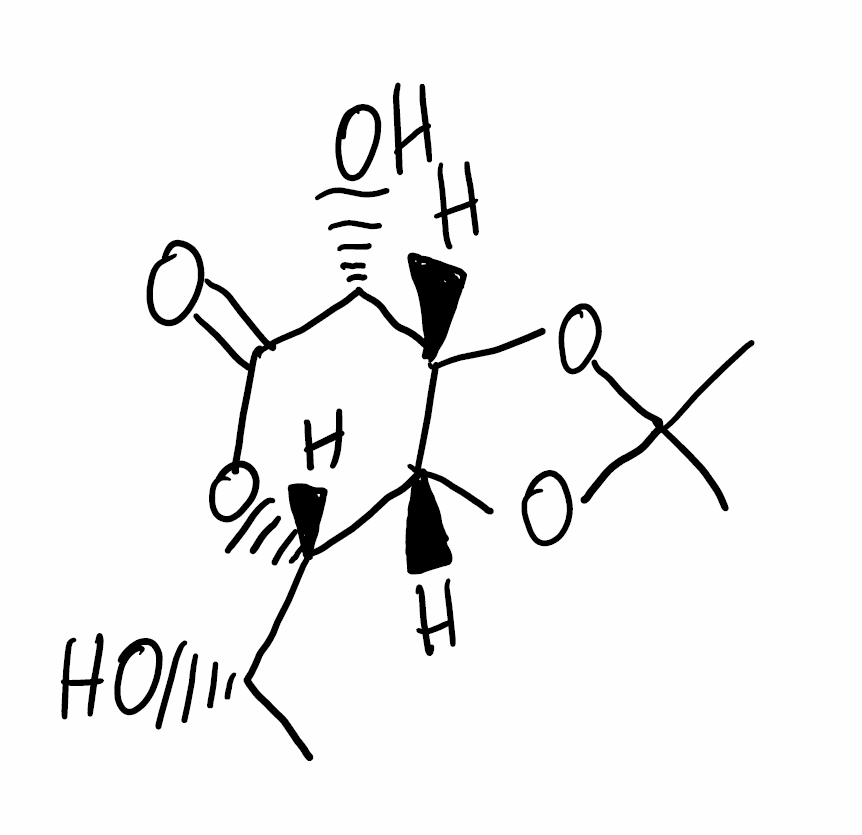
Simplified molecular-input line-entry system (SMILES) notation of the given molecule:
C[C@@H]([C@H]1[C@@H]2[C@H]([C@H](C(=O)O1)O)OC(O2)(C)C)O